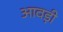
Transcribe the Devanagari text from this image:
आवड़ी